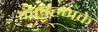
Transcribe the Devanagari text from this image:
कलहणके